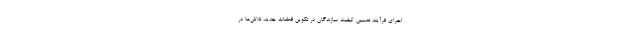
اجرای فرآیند تضمین کیفیت سازندگان در تکوین قطعات جدید، تلاش‌ها در